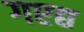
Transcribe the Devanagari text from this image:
गएद्य